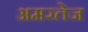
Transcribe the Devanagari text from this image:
अमरतेज